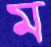
ম